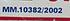
mm.10382/2002